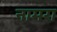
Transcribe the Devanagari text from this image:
नामरा